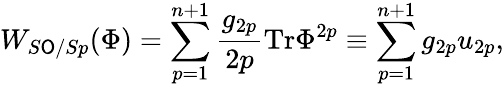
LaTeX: W_{S\mathsf{O}/Sp}(\Phi)=\sum_{p=1}^{n+1}\frac{{g_{2p}}}{{2p}}\mathrm{{Tr}}\Phi^{2p}\equiv\sum_{p=1}^{n+1}g_{2p}u_{2p},